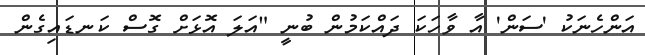
އަންހެނަކު 'ސަން' އާ ވާހަކަ ދައްކަމުން ބުނީ "އަލަ އޮޅަށް ގޮސް ކަނޑައިގެން